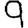
Digit: 9